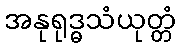
အနုရုဒ္ဓသံယုတ္တံ